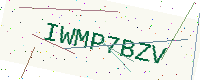
Text: IWMP7BZV